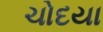
ચોદયા